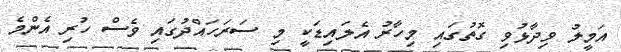
އަމީލު ވިދާޅުވި ގޮތުގައި މިހާރު އެލައިޑަކީ މި ސަރަހައްދުގައި ވެސް ހުރި އެންމެ